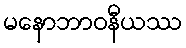
မနောဘာဝနီယဿ